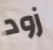
زود